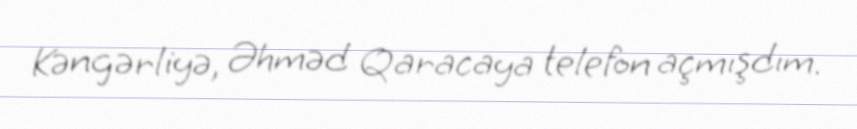
Kəngərliyə, Əhməd Qaracaya telefon açmışdım.